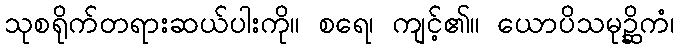
သုစရိုက်တရားဆယ်ပါးကို။ စရေ၊ ကျင့်၏။ ယောပိသမုဉ္ဆိကံ၊